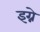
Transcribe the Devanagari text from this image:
इग्ने